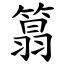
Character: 䈳